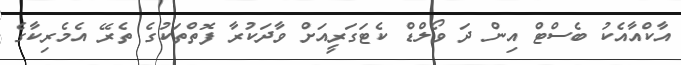
އާކްއާއެކު ބެސްޓް އިން ދަ ވޯލްޑް ކެޓަގަރީއަށް ވާދަކުރާ ފޮތްތަކުގެ ތެރޭ އެމެރިކާގެ